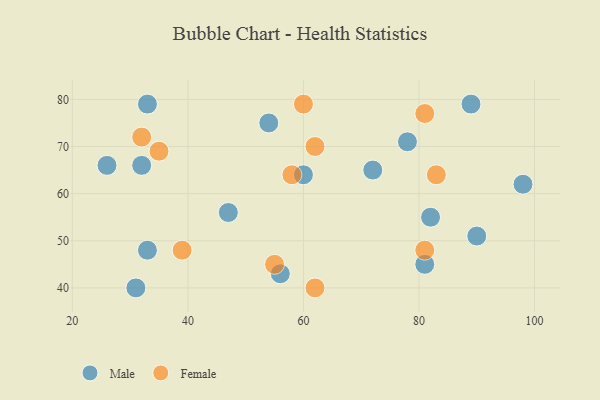
{"axis": {"x": "GDP", "y": "Life Expectancy"}, "legend": ["Female", "Male"], "data": [{"x": "82", "y": 55, "type": "Male"}, {"x": "33", "y": 79, "type": "Male"}, {"x": "72", "y": 65, "type": "Male"}, {"x": "89", "y": 79, "type": "Male"}, {"x": "33", "y": 48, "type": "Male"}, {"x": "60", "y": 64, "type": "Male"}, {"x": "47", "y": 56, "type": "Male"}, {"x": "81", "y": 45, "type": "Male"}, {"x": "54", "y": 75, "type": "Male"}, {"x": "90", "y": 51, "type": "Male"}, {"x": "78", "y": 71, "type": "Male"}, {"x": "26", "y": 66, "type": "Male"}, {"x": "31", "y": 40, "type": "Male"}, {"x": "56", "y": 43, "type": "Male"}, {"x": "98", "y": 62, "type": "Male"}, {"x": "32", "y": 66, "type": "Male"}, {"x": "81", "y": 77, "type": "Female"}, {"x": "62", "y": 40, "type": "Female"}, {"x": "39", "y": 48, "type": "Female"}, {"x": "32", "y": 72, "type": "Female"}, {"x": "58", "y": 64, "type": "Female"}, {"x": "35", "y": 69, "type": "Female"}, {"x": "81", "y": 48, "type": "Female"}, {"x": "83", "y": 64, "type": "Female"}, {"x": "62", "y": 70, "type": "Female"}, {"x": "60", "y": 79, "type": "Female"}, {"x": "55", "y": 45, "type": "Female"}]}